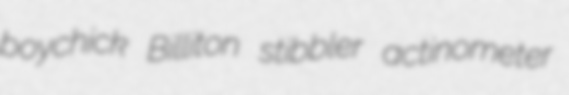
boychick Billiton stibbler actinometer